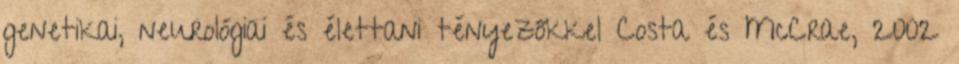
genetikai, neurológiai és élettani tényezőkkel Costa és McCrae, 2002